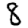
Digit: 8